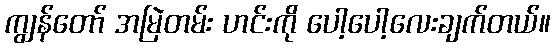
ကျွန်တော် အမြဲတမ်း ဟင်းကို ပေါ့ပေါ့လေးချက်တယ်။